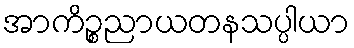
အာကိဉ္စညာယတနသပ္ပါယာ